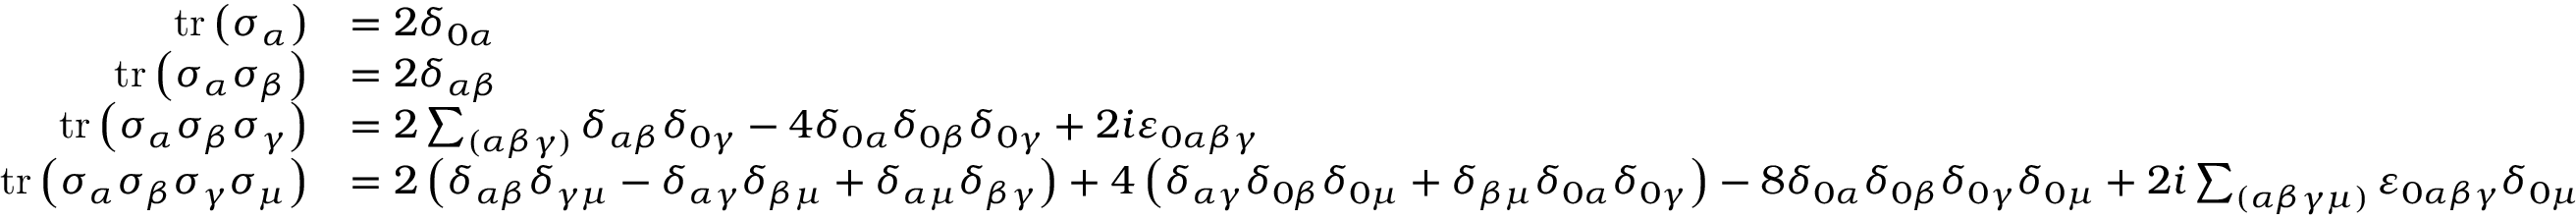
{ \begin{array} { r l } { \operatorname { t r } \left( \sigma _ { \alpha } \right) } & { = 2 \delta _ { 0 \alpha } } \\ { \operatorname { t r } \left( \sigma _ { \alpha } \sigma _ { \beta } \right) } & { = 2 \delta _ { \alpha \beta } } \\ { \operatorname { t r } \left( \sigma _ { \alpha } \sigma _ { \beta } \sigma _ { \gamma } \right) } & { = 2 \sum _ { ( \alpha \beta \gamma ) } \delta _ { \alpha \beta } \delta _ { 0 \gamma } - 4 \delta _ { 0 \alpha } \delta _ { 0 \beta } \delta _ { 0 \gamma } + 2 i \varepsilon _ { 0 \alpha \beta \gamma } } \\ { \operatorname { t r } \left( \sigma _ { \alpha } \sigma _ { \beta } \sigma _ { \gamma } \sigma _ { \mu } \right) } & { = 2 \left( \delta _ { \alpha \beta } \delta _ { \gamma \mu } - \delta _ { \alpha \gamma } \delta _ { \beta \mu } + \delta _ { \alpha \mu } \delta _ { \beta \gamma } \right) + 4 \left( \delta _ { \alpha \gamma } \delta _ { 0 \beta } \delta _ { 0 \mu } + \delta _ { \beta \mu } \delta _ { 0 \alpha } \delta _ { 0 \gamma } \right) - 8 \delta _ { 0 \alpha } \delta _ { 0 \beta } \delta _ { 0 \gamma } \delta _ { 0 \mu } + 2 i \sum _ { ( \alpha \beta \gamma \mu ) } \varepsilon _ { 0 \alpha \beta \gamma } \delta _ { 0 \mu } } \end{array} }